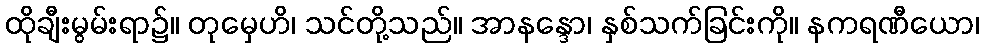
ထိုချီးမွမ်းရာ၌။ တုမှေဟိ၊ သင်တို့သည်။ အာနန္ဒော၊ နှစ်သက်ခြင်းကို။ နကရဏီယော၊